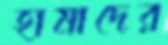
হামাদের